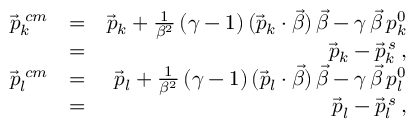
\begin{array} { r l r } { \vec { p } _ { k } ^ { \; c m } } & { = } & { \vec { p } _ { k } + \frac { 1 } { \beta ^ { 2 } } \, ( \gamma - 1 ) \, ( \vec { p } _ { k } \cdot \vec { \beta } ) \, \vec { \beta } - \gamma \, \vec { \beta } \, p _ { k } ^ { 0 } } \\ & { = } & { \vec { p } _ { k } - \vec { p } _ { k } ^ { \, s } \, , } \\ { \vec { p } _ { l } ^ { \; c m } } & { = } & { \vec { p } _ { l } + \frac { 1 } { \beta ^ { 2 } } \, ( \gamma - 1 ) \, ( \vec { p } _ { l } \cdot \vec { \beta } ) \, \vec { \beta } - \gamma \, \vec { \beta } \, p _ { l } ^ { 0 } } \\ & { = } & { \vec { p } _ { l } - \vec { p } _ { l } ^ { \, s } \, , } \end{array}